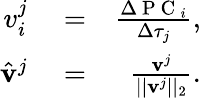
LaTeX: \begin{array}{rlr}{v_{i}^{j}}&{{}=}&{\frac{\Delta\mathrm{~P~C~}_{i}}{\Delta\tau_{j}},}\\ {\hat{\mathbf{v}}^{j}}&{{}=}&{\frac{\mathbf{v}^{j}}{||\mathbf{v}^{j}||_{2}}.}\end{array}